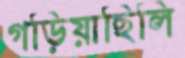
গড়িয়াছিলি